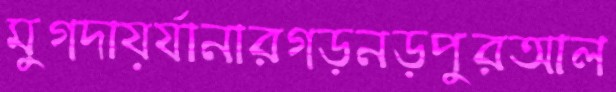
মুগদায়র‍্যানারগড়নড়পুরআল